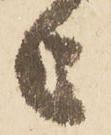
上